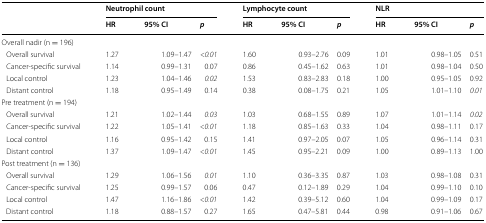
<table><thead><tr><td rowspan="2"></td><td colspan="3"><b>Neutrophil count</b></td><td colspan="3"><b>Lymphocyte count</b></td><td colspan="3"><b>NLR</b></td></tr><tr><td><b>HR</b></td><td><b>95% CI</b></td><td><b><i>p</i></b></td><td><b>HR</b></td><td><b>95% CI</b></td><td><b><i>p</i></b></td><td><b>HR</b></td><td><b>95% CI</b></td><td><b><i>p</i></b></td></tr></thead><tbody><tr><td colspan="10">Overall nadir (n = 196)</td></tr><tr><td> Overall survival</td><td>1.27</td><td>1.09–1.47</td><td><i>&lt;0.01</i></td><td>1.60</td><td>0.93–2.76</td><td>0.09</td><td>1.01</td><td>0.98–1.05</td><td>0.51</td></tr><tr><td> Cancer-specific survival</td><td>1.14</td><td>0.99–1.31</td><td>0.07</td><td>0.86</td><td>0.45–1.62</td><td>0.63</td><td>1.01</td><td>0.98–1.04</td><td>0.50</td></tr><tr><td> Local control</td><td>1.23</td><td>1.04–1.46</td><td><i>0.02</i></td><td>1.53</td><td>0.83–2.83</td><td>0.18</td><td>1.00</td><td>0.95–1.05</td><td>0.92</td></tr><tr><td> Distant control</td><td>1.18</td><td>0.95–1.49</td><td>0.14</td><td>0.38</td><td>0.08–1.75</td><td>0.21</td><td>1.05</td><td>1.01–1.10</td><td><i>0.01</i></td></tr><tr><td colspan="10">Pre treatment (n = 194)</td></tr><tr><td> Overall survival</td><td>1.21</td><td>1.02–1.44</td><td><i>0.03</i></td><td>1.03</td><td>0.68–1.55</td><td>0.89</td><td>1.07</td><td>1.01–1.14</td><td><i>0.02</i></td></tr><tr><td> Cancer-specific survival</td><td>1.22</td><td>1.05–1.41</td><td><i>&lt;0.01</i></td><td>1.18</td><td>0.85–1.63</td><td>0.33</td><td>1.04</td><td>0.98–1.11</td><td>0.17</td></tr><tr><td> Local control</td><td>1.16</td><td>0.95–1.42</td><td>0.15</td><td>1.41</td><td>0.97–2.05</td><td>0.07</td><td>1.05</td><td>0.96–1.14</td><td>0.31</td></tr><tr><td> Distant control</td><td>1.37</td><td>1.09–1.47</td><td><i>&lt;0.01</i></td><td>1.45</td><td>0.95–2.21</td><td>0.09</td><td>1.00</td><td>0.89–1.13</td><td>1.00</td></tr><tr><td colspan="10">Post treatment (n = 136)</td></tr><tr><td> Overall survival</td><td>1.29</td><td>1.06–1.56</td><td><i>0.01</i></td><td>1.10</td><td>0.36–3.35</td><td>0.87</td><td>1.03</td><td>0.98–1.08</td><td>0.31</td></tr><tr><td> Cancer-specific survival</td><td>1.25</td><td>0.99–1.57</td><td>0.06</td><td>0.47</td><td>0.12–1.89</td><td>0.29</td><td>1.04</td><td>0.99–1.10</td><td>0.10</td></tr><tr><td> Local control</td><td>1.47</td><td>1.16–1.86</td><td><i>&lt;0.01</i></td><td>1.42</td><td>0.39–5.12</td><td>0.60</td><td>1.04</td><td>0.99–1.09</td><td>0.17</td></tr><tr><td> Distant control</td><td>1.18</td><td>0.88–1.57</td><td>0.27</td><td>1.65</td><td>0.47–5.81</td><td>0.44</td><td>0.98</td><td>0.91–1.06</td><td>0.67</td></tr></tbody></table>